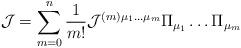
LaTeX: \begin{align*}{\cal J}=\sum_{m=0}^{n}\frac{1}{m!}{\cal J}^{(m)\mu_1\dots\mu_m} \Pi_{\mu_1}\dots\Pi_{\mu_m}\end{align*}